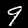
Label: 9